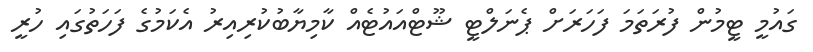
ގައުމީ ޓީމުން ފުރަތަމަ ފަހަރަށް ޕެނަލްޓީ ޝޫޓްއައުޓެއް ކާމިޔާބުކުރިއިރު އެކަމުގެ ފަހަތުގައި ހުރީ